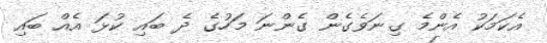
އެކަމަކު އެންމެ ގިނަވެގެން ގެންނަ މަހުގެ ދެ ބައި ކުޅަ އެއް ބައި